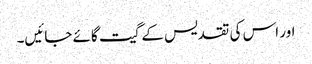
اور اس کی تقدیس کے گیت گائے جائیں۔